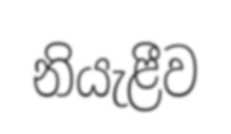
නියැළීව